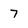
Character: 7